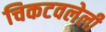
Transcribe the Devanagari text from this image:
चिकटवलेली